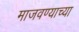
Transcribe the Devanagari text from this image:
माजवण्याच्या